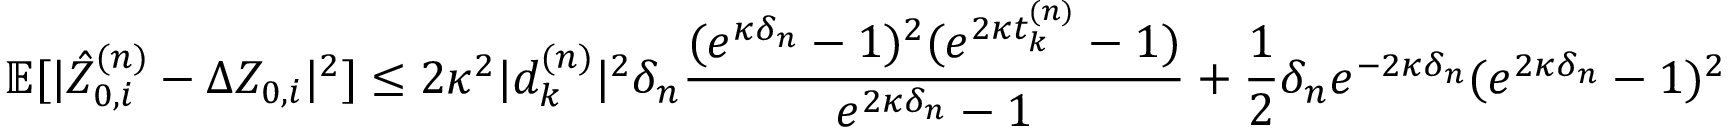
\mathbb { E } [ \vert \hat { Z } _ { 0 , i } ^ { ( n ) } - \Delta Z _ { 0 , i } \vert ^ { 2 } ] \le 2 \kappa ^ { 2 } \vert d _ { k } ^ { ( n ) } \vert ^ { 2 } \delta _ { n } \frac { ( e ^ { \kappa \delta _ { n } } - 1 ) ^ { 2 } ( e ^ { 2 \kappa t _ { k } ^ { ( n ) } } - 1 ) } { e ^ { 2 \kappa \delta _ { n } } - 1 } + \frac { 1 } { 2 } \delta _ { n } e ^ { - 2 \kappa \delta _ { n } } ( e ^ { 2 \kappa \delta _ { n } } - 1 ) ^ { 2 }